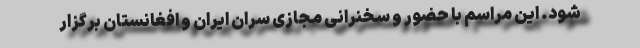
شود. این مراسم با حضور و سخنرانی مجازی سران ایران و افغانستان برگزار